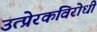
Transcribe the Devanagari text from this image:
उत्प्रेरकविरोधी